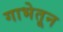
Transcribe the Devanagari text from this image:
गाभेतून